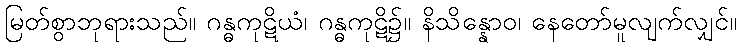
မြတ်စွာဘုရားသည်။ ဂန္ဓကုဋိယံ၊ ဂန္ဓကုဋိ၌။ နိသိန္နောဝ၊ နေတော်မူလျက်လျှင်။